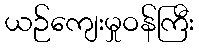
ယဉ်ကျေးမှုဝန်ကြီး